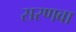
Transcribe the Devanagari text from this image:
सरणवा